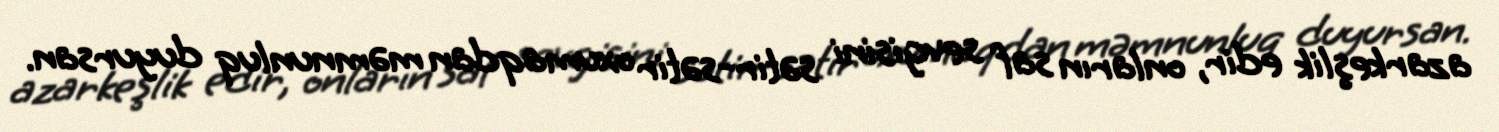
azarkeşlik edir, onların saf sevgisini sətir-sətir oxumaqdan məmnunluq duyursan.